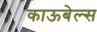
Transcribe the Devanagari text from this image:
काऊबेल्स